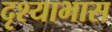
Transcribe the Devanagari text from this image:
दृश्याभास